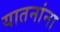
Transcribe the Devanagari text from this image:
यातनांना